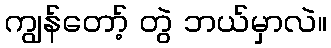
ကျွန်တော့် တွဲ ဘယ်မှာလဲ။